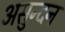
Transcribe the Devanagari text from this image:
असुन्दन